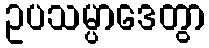
ဥပသမ္ပာဒေတွာ